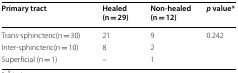
<table><thead><tr><td><b>Primary tract</b></td><td><b>Healed (n = 29)</b></td><td><b>Non-healed (n = 12)</b></td><td><b><i>p</i> value*</b></td></tr></thead><tbody><tr><td>Trans-sphincteric(n = 30)</td><td>21</td><td>9</td><td>0.242</td></tr><tr><td>Inter-sphincteric(n = 10)</td><td>8</td><td>2</td><td></td></tr><tr><td>Superficial (n = 1)</td><td>–</td><td>1</td><td></td></tr></tbody></table>